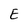
Character: E